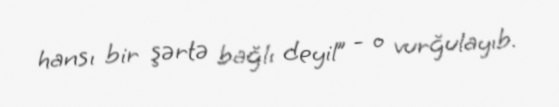
hansı bir şərtə bağlı deyil” - o vurğulayıb.